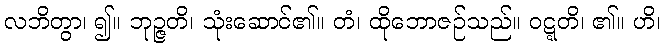
လဘိတွာ၊ ၍။ ဘုဉ္ဇတိ၊ သုံးဆောင်၏။ တံ၊ ထိုဘောဇဉ်သည်။ ဝဋ္ဋတိ၊ ၏။ ဟိ၊